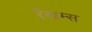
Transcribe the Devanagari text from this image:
रॅखम्स